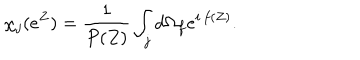
LaTeX: \chi _ { j } ( e ^ { Z } ) = { \frac { 1 } { P ( Z ) } } \int _ { j } d \Omega _ { f } e ^ { i \, f ( Z ) } .